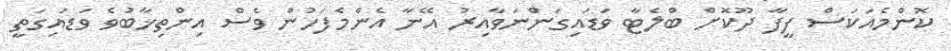
ކޮންމެއަކަސް ފީފާ ދޫކޮށް ބްލެޓާ ވަޑައިގަންނަވާއިރު އޭނާ އެންމެފަހުން ވެސް އިންތިޚާބުވެ ވަޑައިގަތީ